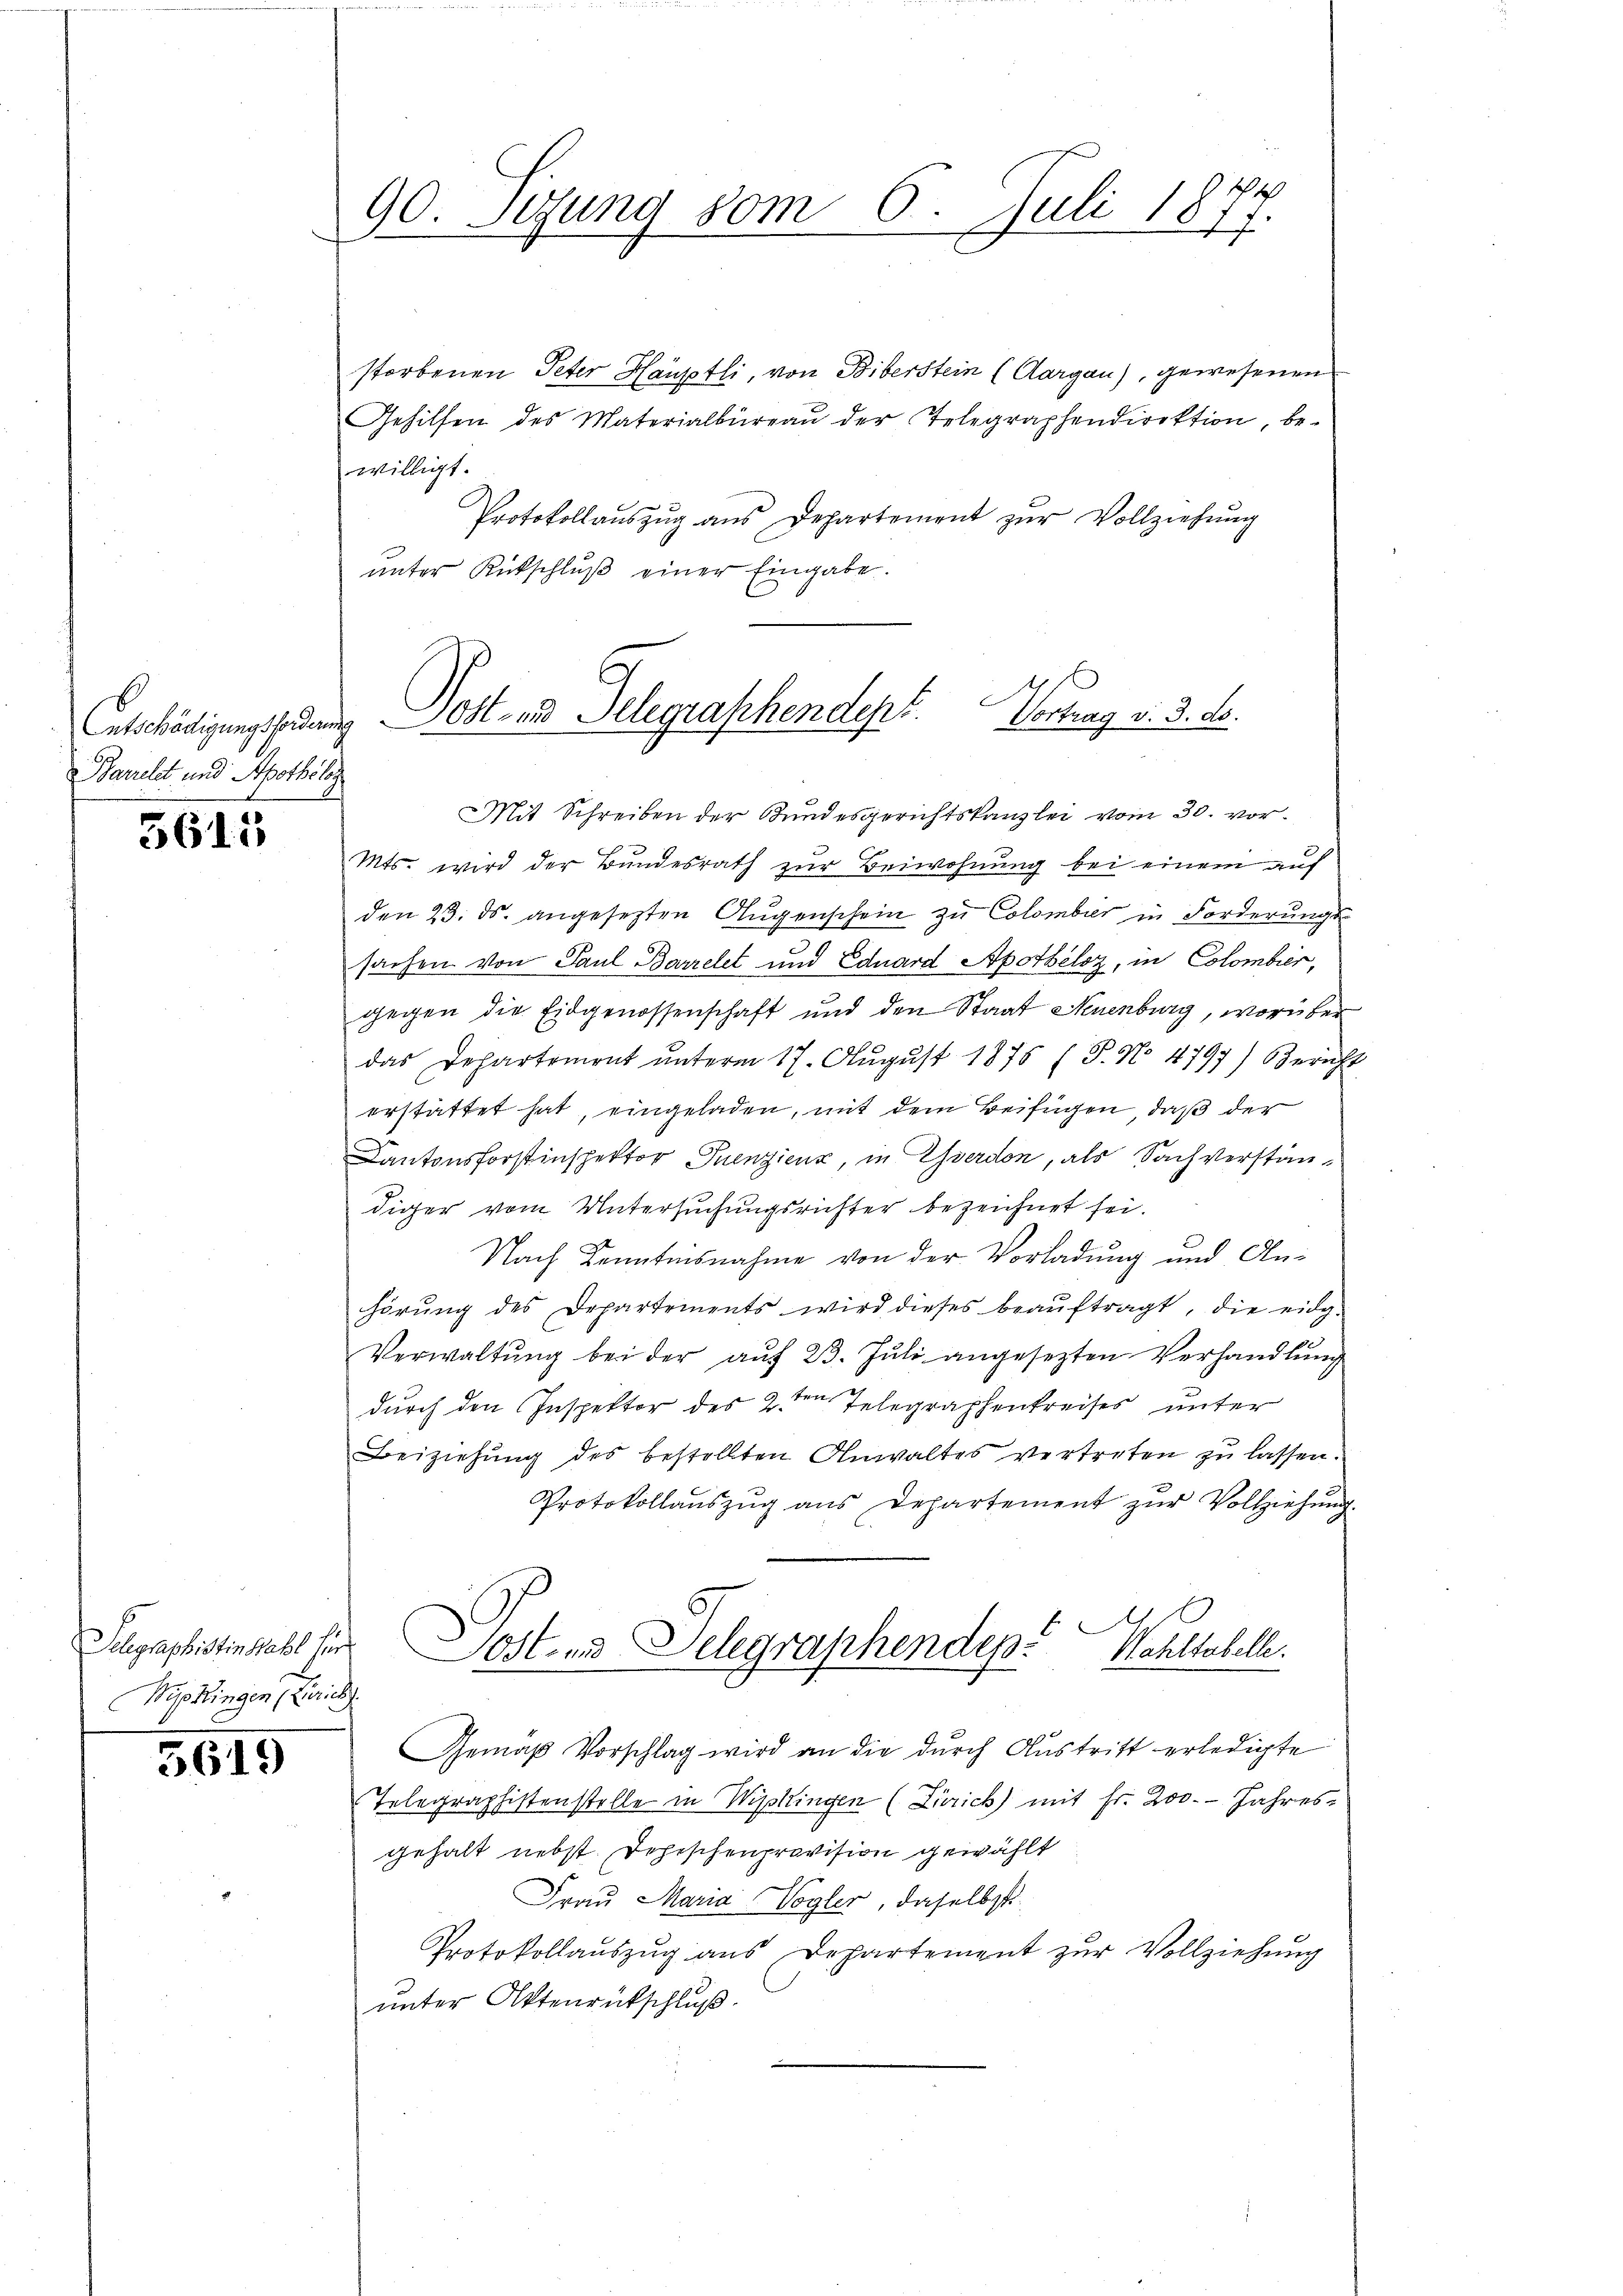
Entschädigungsforderung
Barrelet und Apothelos

5615

storbenen Peter Hauptli, von Biberstein (Aargau), gewesenen
Gehilfen des Materialbüreaŭ der Telegraphendirektion, be-
willigt.
Protokollaŭszŭg aŭs Departement zŭr Vollziehŭng
unter Rückschlŭβ einer Eingabe.
Mit Schreiben der Bundesgerichtskanzlei vom 30. vor¬
Mts. wird der Bundesrath zur Beiwohnung bei einem auf
den 23. ds. angesetzten Aŭgenschein zŭ Colombier in Forderŭngs-
sachen von Paul Barrelet und Eduard Apothéloz, in Colombier,
gegen die Eidgenossenschaft und den Staat Neuenburg, worüber
das Departement ŭnterm 17. Aŭgŭst 1876 (T. No 4797) Bericht
erstattet hat, eingeladen, mit dem Beifügen, daß der
Cantonsforstinspektor Puenzienz, in Everdon, als Sachverständiger vom Untersuchungsrichter bezeichnet sei.
Nach Kenntnisnahme von der Vorladung und Anhörŭng des Departements wird dieses beaŭftragt, die eidg-
Verwaltung bei der auf 23. Juli angesezten Verhandlung
durch den Inspektor des 2ten Telegraphenkreises unter
Beiziehung des bestellten Anwaltes vertreten zu lassen.
Protokollaŭszŭg ans Departement zŭr Vollziehŭng.
.
Sost- und Delegraphendep. Wahltabelle.
Gemäß Vorschlag wird an die durch Austritt erledigte
Telegraphistenstelle in Wipkingen (Zürich) mit Fr. 200. Jahres-
gehalt nebst Dehischenprovision gewählt
Frau Maria Vogler, daselbst
Protokollauszug aus Departement zur Vollziehung
unter Aktenrückschluß.

Schgraphistin habe f
Mekingen

5619

90. Sitzung vom 6. Juli 1877.

Post- und Telegraphendept. Vortrag v. 3. d.